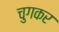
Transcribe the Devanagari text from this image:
चुगकर